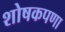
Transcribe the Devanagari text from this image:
शोषकपणा